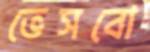
ভেসবো